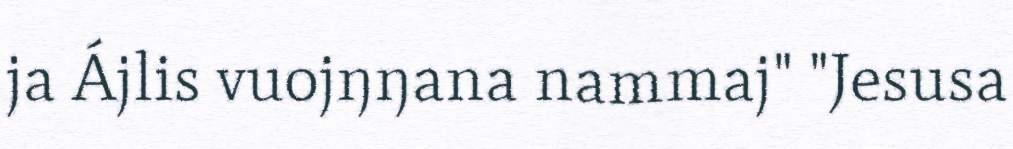
ja Ájlis vuojŋŋana nammaj" "Jesusa